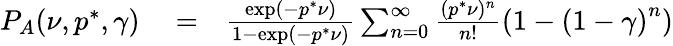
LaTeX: \begin{array}{rlr}{P_{A}(\nu,p^{*},\gamma)}&{{}=}&{\frac{\exp(-p^{*}\nu)}{1-\exp(-p^{*}\nu)}\sum_{n=0}^{\infty}\frac{(p^{*}\nu)^{n}}{n!}\left(1-\left(1-\gamma\right)^{n}\right)}\end{array}